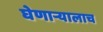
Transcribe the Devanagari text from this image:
घेणार्‍यालाच